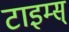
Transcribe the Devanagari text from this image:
टाइम्स्